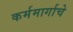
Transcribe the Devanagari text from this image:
कर्ममार्गाचे